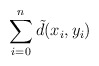
\begin{align*}\sum_{i=0}^n \tilde d(x_i,y_i)\end{align*}